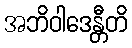
အဘိဝါဒေန္တီတိ